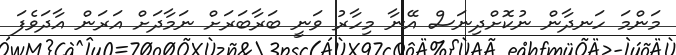
މަންމަ ހަނދާން ނުކޮށްދިނަސް އޭނާ މިހާރު ވަނީ ބަރާބަރަށް ނަމާދަށް އަރަން އާދަވެފަ